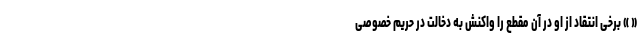
« » برخی انتقاد از او در آن مقطع را واکنش به دخالت در حریم خصوصی